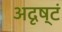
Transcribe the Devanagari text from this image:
अदृष्टं